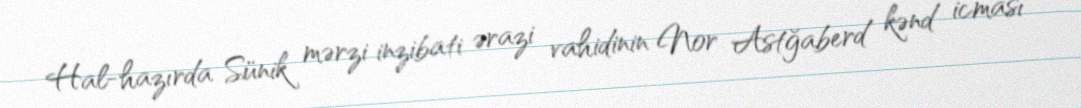
Hal-hazırda Sünik mərzi inzibati ərazi vahidinin Nor Astğaberd kənd icması